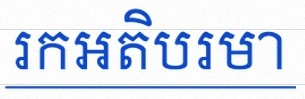
រកអតិបរមា